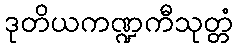
ဒုတိယကဏ္ဍကီသုတ္တံ